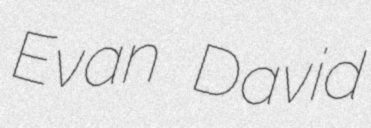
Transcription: Evan David